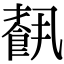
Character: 𩛥